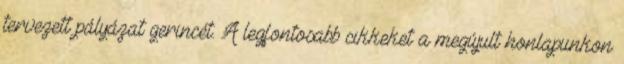
tervezett pályázat gerincét. A legfontosabb cikkeket a megújult honlapunkon